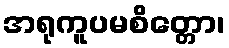
အရုကူပမစိတ္တော၊